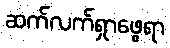
ဆက်လက်ရှာဖွေရာ